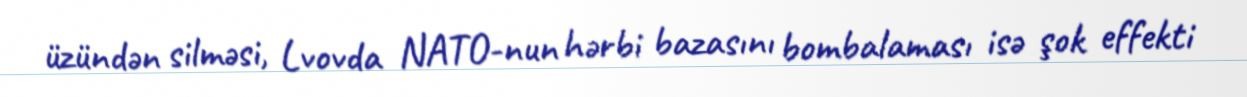
üzündən silməsi, Lvovda NATO-nun hərbi bazasını bombalaması isə şok effekti